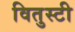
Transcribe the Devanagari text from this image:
वितुस्टी